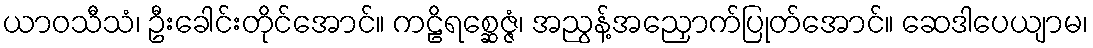
ယာဝသီသံ၊ ဦးခေါင်းတိုင်အောင်။ ကဠိရစ္ဆေဇ္ဇံ၊ အညွန့်အညှောက်ပြုတ်အောင်။ ဆေဒါပေယျာမ၊